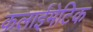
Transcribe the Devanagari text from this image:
कलाईमेटिक